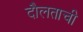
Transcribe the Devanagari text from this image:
दौलताची